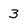
Character: 3